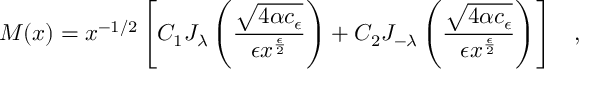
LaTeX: M ( x ) = x ^ { - 1 / 2 } \left[ C _ { 1 } J _ { \lambda } \left( \frac { \sqrt { 4 \alpha c _ { \epsilon } } } { \epsilon x ^ { \frac { \epsilon } { 2 } } } \right) + C _ { 2 } J _ { - { \lambda } } \left( \frac { \sqrt { 4 \alpha c _ { \epsilon } } } { \epsilon x ^ { \frac { \epsilon } { 2 } } } \right) \right] \; \; \; ,